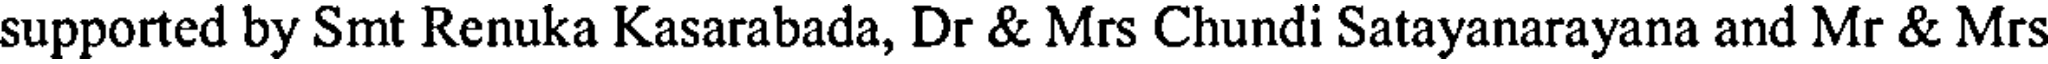
supported by Smt Renuka Kasarabada, Dr & Mrs Chundi Satayanarayana and Mr & Mrs